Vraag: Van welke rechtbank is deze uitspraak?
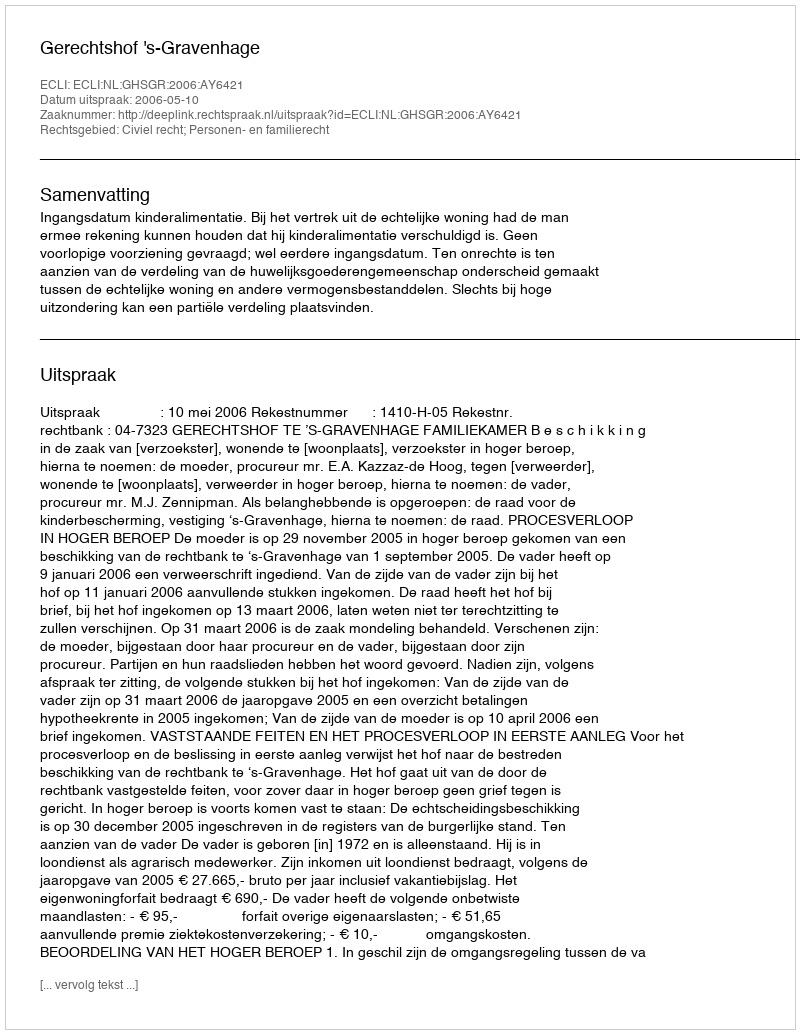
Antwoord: Gerechtshof 's-Gravenhage